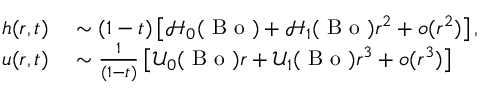
\begin{array} { r l } { h ( r , t ) } & { { } \sim ( 1 - t ) \left[ \mathcal { H } _ { 0 } ( \mathrm { ~ B ~ o ~ } ) + \mathcal { H } _ { 1 } ( \mathrm { ~ B ~ o ~ } ) r ^ { 2 } + o ( r ^ { 2 } ) \right] , } \\ { u ( r , t ) } & { { } \sim \frac { 1 } { ( 1 - t ) } \left[ \mathcal { U } _ { 0 } ( \mathrm { ~ B ~ o ~ } ) r + \mathcal { U } _ { 1 } ( \mathrm { ~ B ~ o ~ } ) r ^ { 3 } + o ( r ^ { 3 } ) \right] } \end{array}